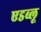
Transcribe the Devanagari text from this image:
एडब्लू